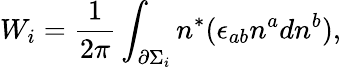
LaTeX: W_{i}=\frac 1{2\pi}\int_{\partial\Sigma_{i}}n^{*}(\epsilon_{ab}n^{a}dn^{b}),